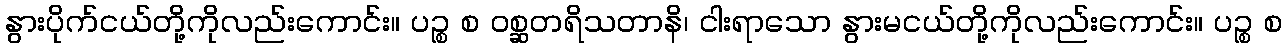
နွားပိုက်ငယ်တို့ကိုလည်းကောင်း။ ပဉ္စ စ ဝစ္ဆတရိသတာနိ၊ ငါးရာသော နွားမငယ်တို့ကိုလည်းကောင်း။ ပဉ္စ စ